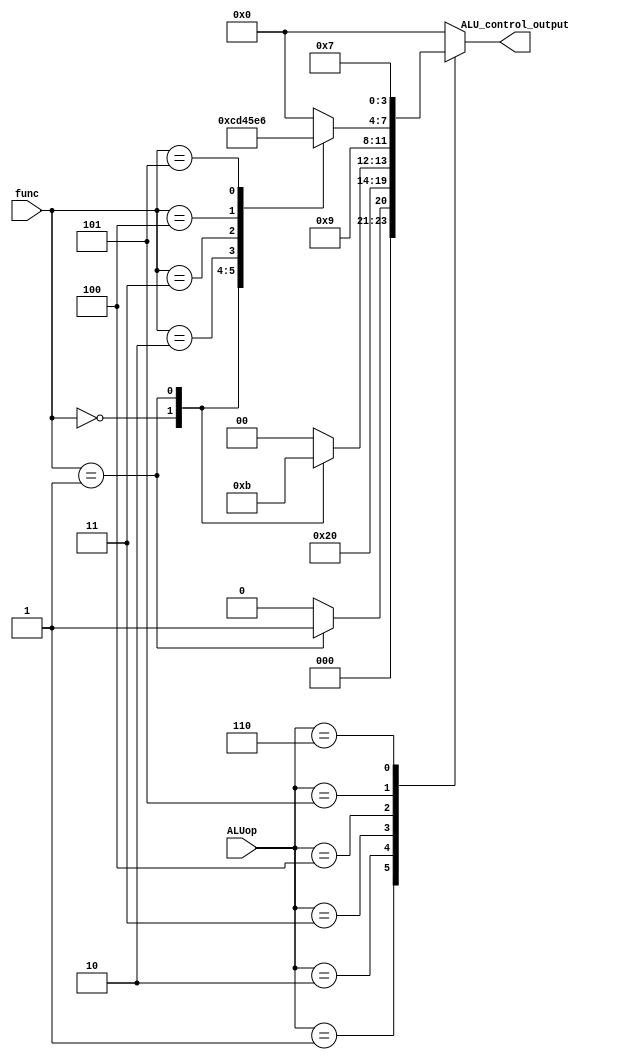
module ALU_Control(
	 input [2:0] ALUop,
    input [4:0] func,
    output reg [3:0] ALU_control_output
    );
	always @(*) begin
		case (ALUop)
			3'b000: begin
				ALU_control_output <= 4'b0000;
			end
			3'b001: begin
					case (func)
						3'b00000: begin
							ALU_control_output <= 4'b0000;
							end
						3'b00001: begin
							ALU_control_output <= 4'b0001;
							end
						default: ALU_control_output <= 4'b0000;
						endcase
					end
			3'b010: begin			
					ALU_control_output <= 4'b1000;
				end	
			3'b011: begin
					case (func)
						3'b00000: begin
							ALU_control_output <= 4'b0010;
							end
						3'b00001: begin
							ALU_control_output <= 4'b0011;
							end
						default: ALU_control_output <= 4'b0000;
						endcase
					end
			3'b100: begin			
					ALU_control_output <= 4'b1001;
				end
			3'b101: begin
					case (func)
						3'b00000: begin
							ALU_control_output <= 4'b1100;
							end
						3'b00001: begin
							ALU_control_output <= 4'b1101;
							end
						3'b00010: begin
							ALU_control_output <= 4'b0100;
							end
						3'b00011: begin
							ALU_control_output <= 4'b0101;
							end
						3'b00100: begin
							ALU_control_output <= 4'b1110;
							end
						3'b00101: begin
							ALU_control_output <= 4'b0110;
							end
						default: ALU_control_output <= 4'b0000;
						endcase
					end
			3'b110: begin			
					ALU_control_output <= 4'b0111;
				end
			default: ALU_control_output <= 4'b0000;
			endcase
	end

endmodule